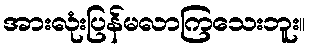
အားလုံးပြန်မလာကြသေးဘူး။